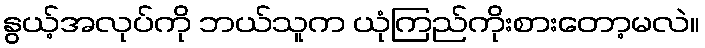
နွယ့်အလုပ်ကို ဘယ်သူက ယုံကြည်ကိုးစားတော့မလဲ။